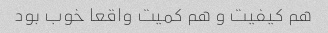
هم کیفیت و هم کمیت واقعا خوب بود